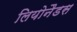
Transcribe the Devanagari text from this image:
लियोनैडस